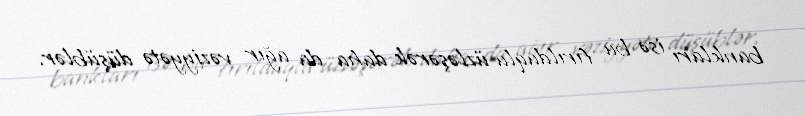
bankları isə bu fırıldaqla üzləşərək daha da ağır vəziyyətə düşüblər.